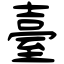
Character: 臺